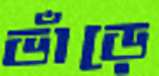
ভাঁড়ে